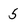
Character: 5